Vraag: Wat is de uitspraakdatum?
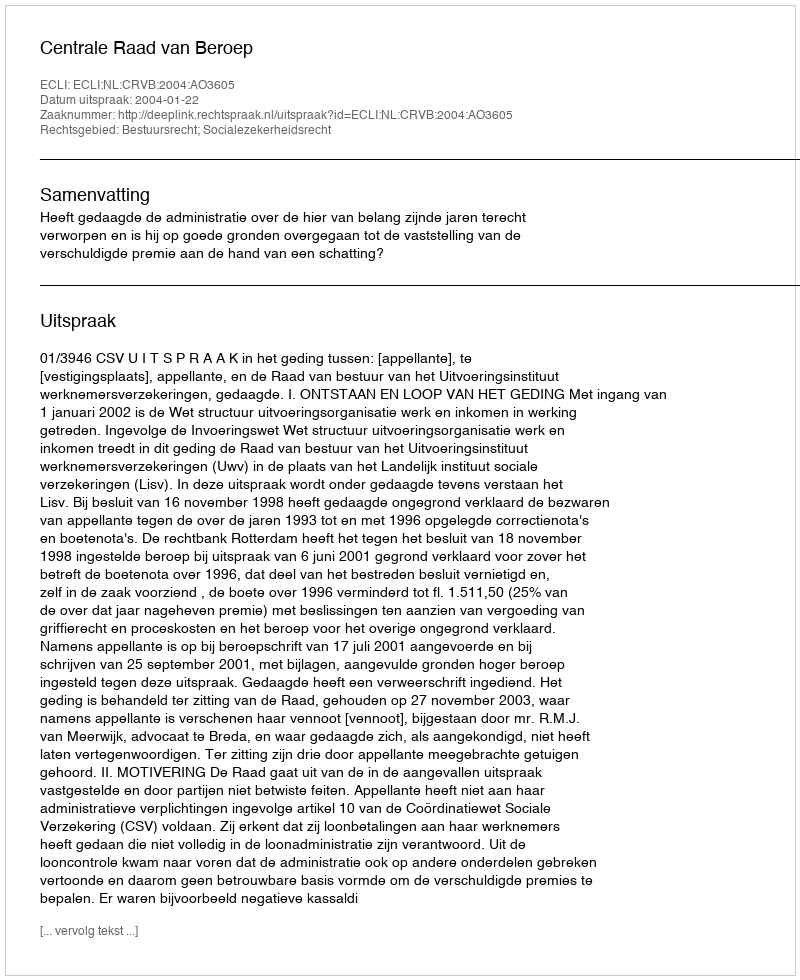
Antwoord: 2004-01-22